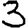
Digit: 3